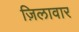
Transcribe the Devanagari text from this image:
ज़िलावार